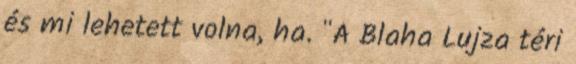
és mi lehetett volna, ha. "A Blaha Lujza téri